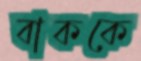
বাককে